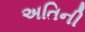
અતિની